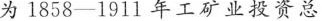
为1858——1911年工矿业投资总